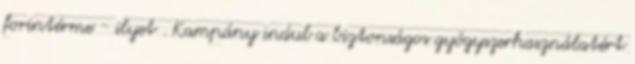
forintérme - ilyet . Kampány indul a biztonságos gyógyszerhasználatért